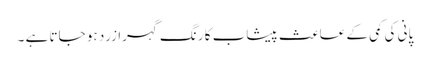
پانی کی کمی کے عاعث پیشاب کا رنگ گہرا زرد ہو جاتا ہے ۔